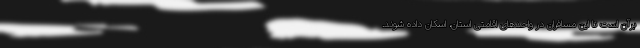
برآن است تا این مسافران در واحدهای اقامتی استان، اسکان داده شوند.